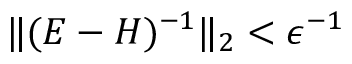
\| ( E - H ) ^ { - 1 } \| _ { 2 } < \epsilon ^ { - 1 }